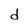
Character: d